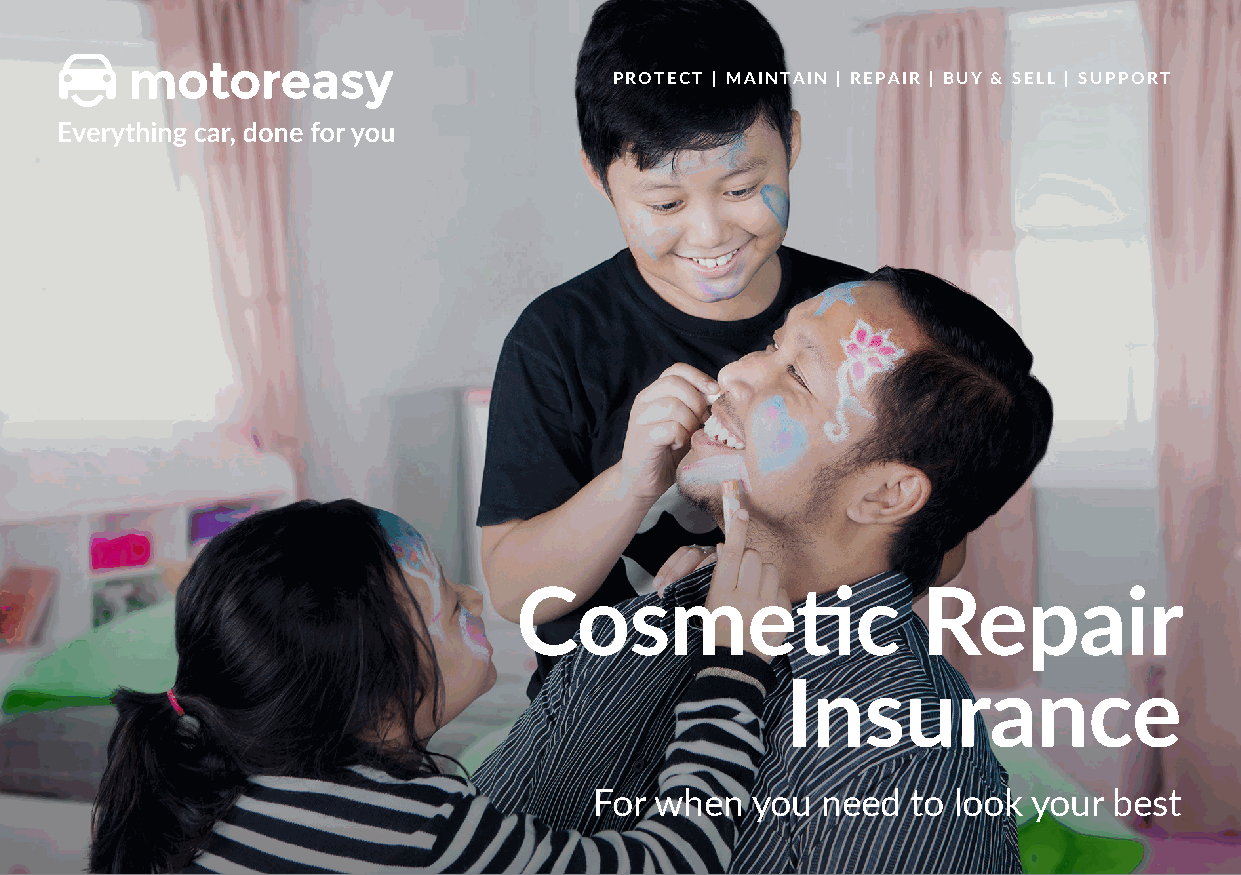
PROTECT | MAINTAIN | REPAIR | BUY & SELL | SUPPORT
 Cosmetic                   Repair
 Insurance
 For when   you need  to look your  best